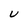
Character: U